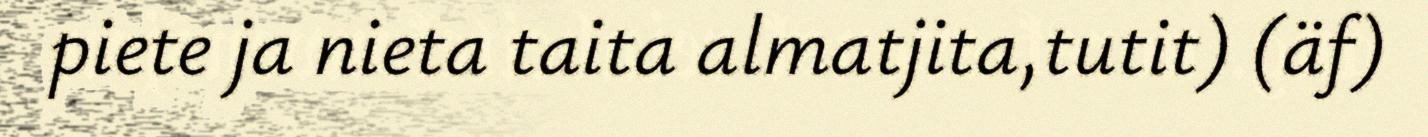
piete ja nieta taita almatjita,tutit) (äf)